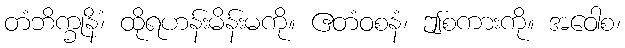
တံဘိက္ခုနိံ၊ ထိုရဟန်းမိန်းမကို။ ဧတံဝစနံ၊ ဤစကားကို။ အဝေါစ၊